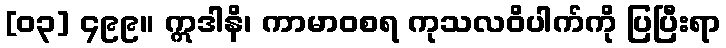
[၀၃] ၄၉၉။ ဣဒါနိ၊ ကာမာဝစရ ကုသလဝိပါက်ကို ပြပြီးရာ